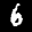
Label: 6